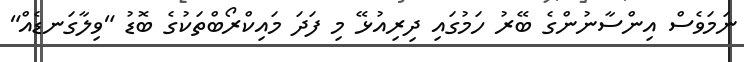
ނަމަވެސް އިންސާނުންގެ ބޭރު ހަމުގައި ދިރިއުޅޭ މި ފަދަ މައިކްރޯބްތަކުގެ ބޮޑު "ވިލާގަނޑެއް"